Jaan_Tonisson_(Lasteleht), lk 232
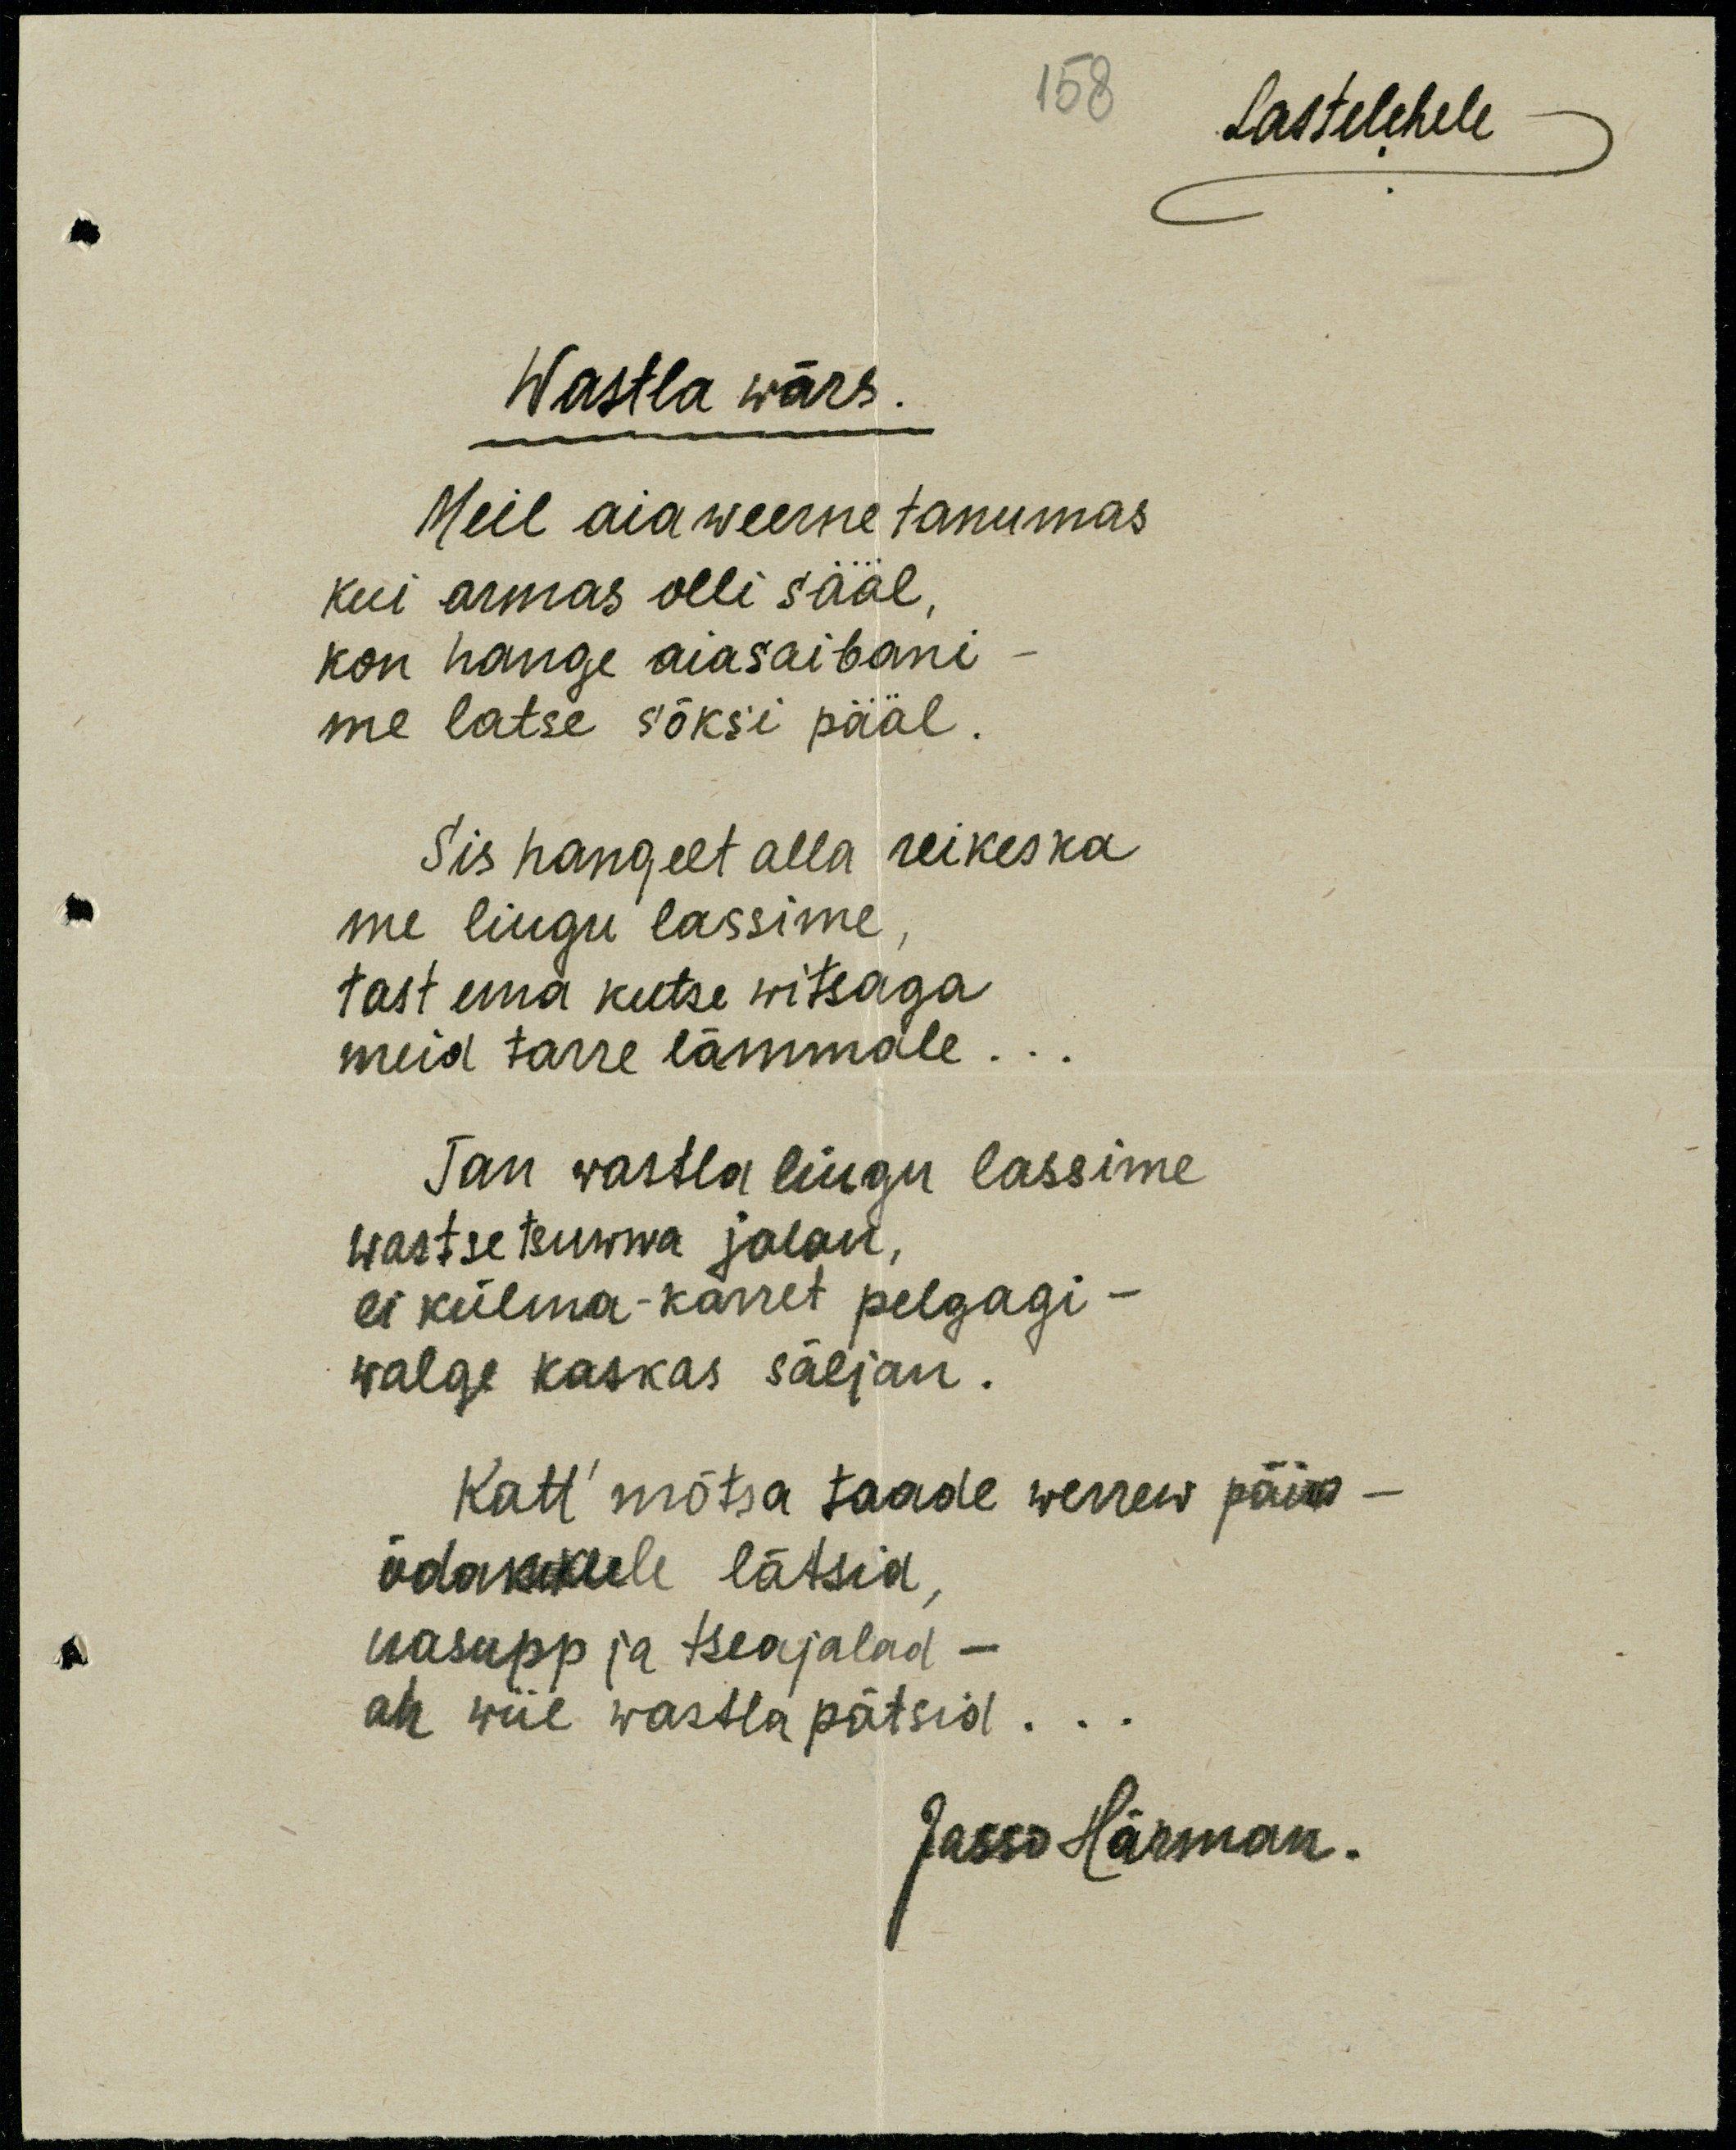
Lastelehele
Wastla wärs.
Meil aiaweerne tanumas
Kui armas olli sääl,
kon hange aiasaibomi
me latse sõksi pääl.
Siis hangelt alla reikeska
me liugu lassime,
tast ema kutse witsaga
meid tarre lämmale...
Tan wastla liugu lassime
wastsetsuwwa jalan
ei külma-karret pelgagi-
walge kaskas säljan.
Katt´mõtsa taade werrer päiw -
õdankuklele lätsid,
uasupp ja tseajalad -
ah wiie wastlapätsid...
Jasso Härman.